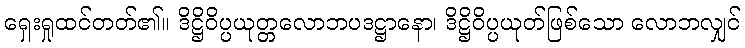
ရှေးရှုထင်တတ်၏။ ဒိဋ္ဌိဝိပ္ပယုတ္တလောဘပဒဋ္ဌာနော၊ ဒိဋ္ဌိဝိပ္ပယုတ်ဖြစ်သော လောဘလျှင်